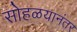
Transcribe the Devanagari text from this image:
सोहळयानंतर